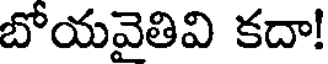
బోయవైతివి కదా!